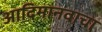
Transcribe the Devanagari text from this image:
आदिमानवाचा